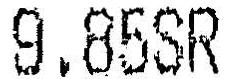
9.85SR